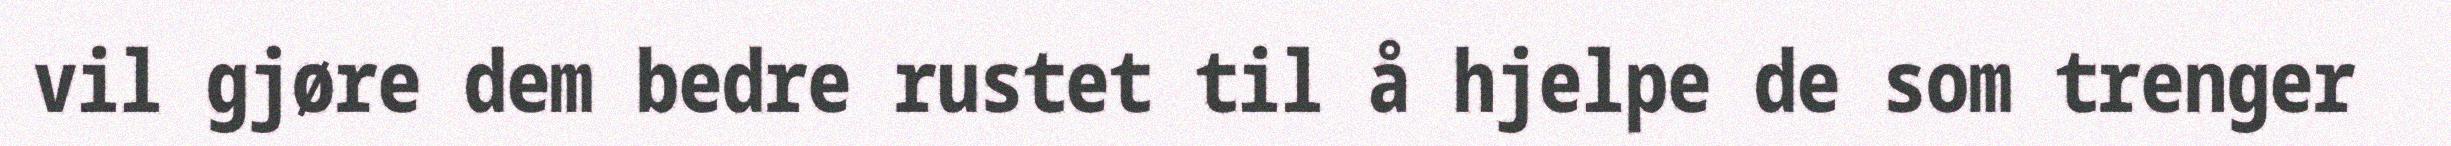
vil gjøre dem bedre rustet til å hjelpe de som trenger